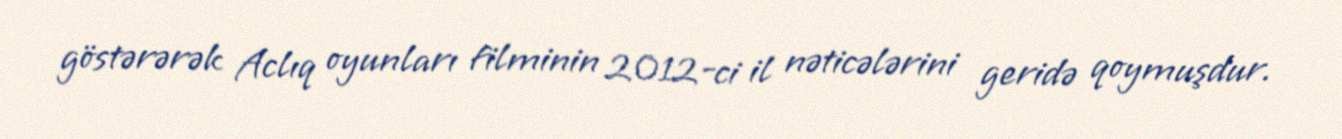
göstərərək Aclıq oyunları filminin 2012-ci il nəticələrini geridə qoymuşdur.